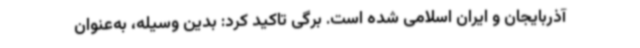
آذربایجان و ایران اسلامی شده است. برگی تاکید کرد: بدین وسیله، به‌عنوان